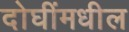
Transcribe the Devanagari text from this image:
दोघींमधील